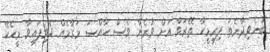
ބުނެވިދާނެތަ ފިރިމީހާ ތޭރަވާ އަށް ވުރެން ވެސް ހާއްސަ މަގާމެއް ދެވިފައިވާ މީހެކޭ